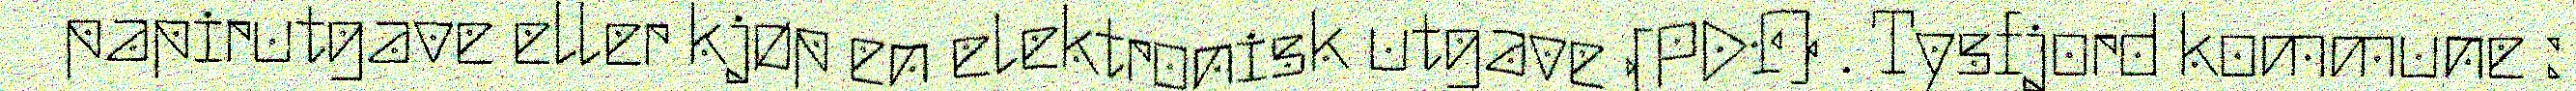
papirutgave eller kjøp en elektronisk utgave (PDF) . Tysfjord kommune :